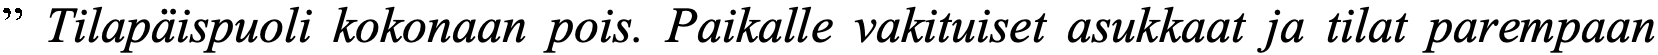
” Tilapäispuoli kokonaan pois. Paikalle vakituiset asukkaat ja tilat parempaan